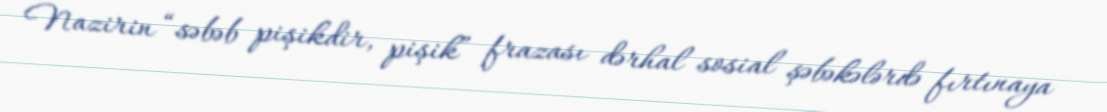
Nazirin “səbəb pişikdir, pişik” frazası dərhal sosial şəbəkələrdə fırtınaya